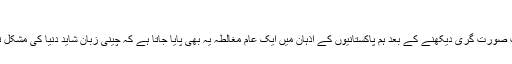
چینی زبان کتنی کھٹی،کتنی میٹھی
انٹرنیٹ یا فلموں وغیرہ میں چینی زبان کے رسم الخط کی عجیب و غریب صورت گری دیکھنے کے بعد ہم پاکستانیوں کے اذہان میں ایک عام مغالطہ یہ بھی پایا جاتا ہے کہ چینی زبان شاید دنیا کی مشکل ترین زبانوں میں سے ایک ہے حالانکہ حقیقت اس سے یکسر مختلف ہے۔